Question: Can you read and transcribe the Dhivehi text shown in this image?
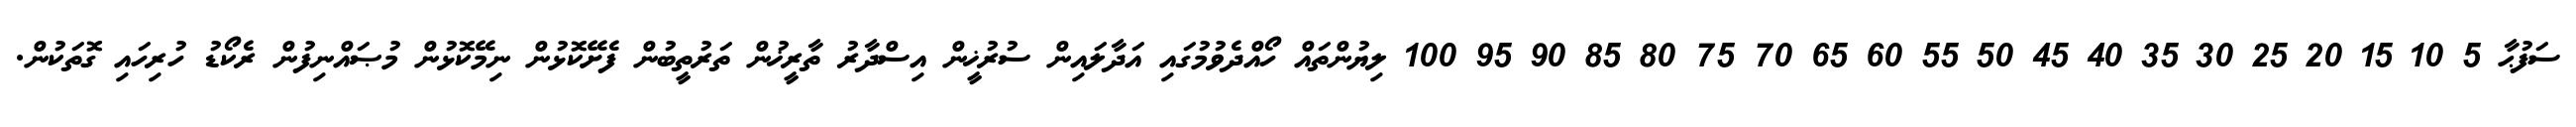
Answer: ސަފުޙާ 5 10 15 20 25 30 35 40 45 50 55 60 65 70 75 80 85 90 95 100 ލިޔުންތައް ހޯއްދެވުމުގައި އަދާލައިން ސުރުޚީން އިސްދާރު ތާރީޚުން ތަރުތީބުން ފެށޭކޮޅުން ނިމޭކޮޅުން މުޞައްނިފުން ރެކޯޑު ހުރިހައި ގޮތަކުން.